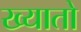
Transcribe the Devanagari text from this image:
ख्यातो